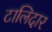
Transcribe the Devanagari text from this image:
टालिदार